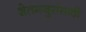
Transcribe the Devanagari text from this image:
शेतमजुरांसाठी